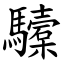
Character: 驝